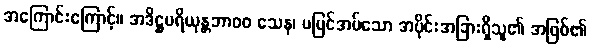
အကြောင်းကြောင့်။ အဒိဋ္ဌပရိယုန္တဘာ၀၀ သေန၊ မမြင်အပ်သော အပိုင်းအခြားရှိသူ၏ အဖြစ်၏